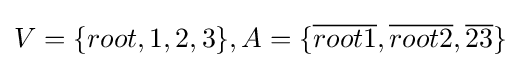
V=\{root,1,2,3\},A=\{{\overline {root1}},{\overline {root2}},{\overline {23}}\}